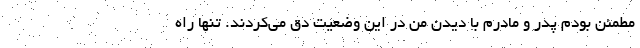
مطمئن بودم پدر و مادرم با دیدن من در این وضعیت دق می‌کردند. تنها راه